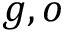
g , o